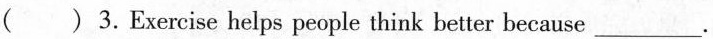
( ) 3.Exercise helps people think better because \underline.